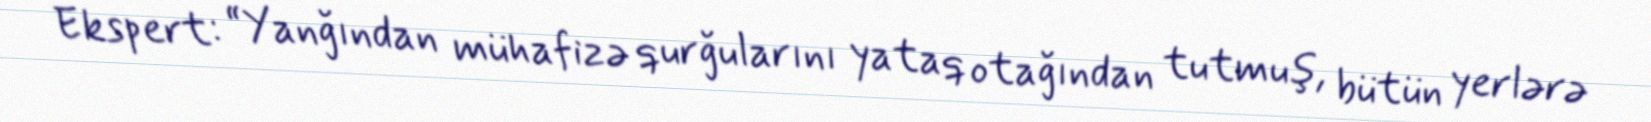
Ekspert: “Yanğından mühafizə qurğularını yataq otağından tutmuş, bütün yerlərə